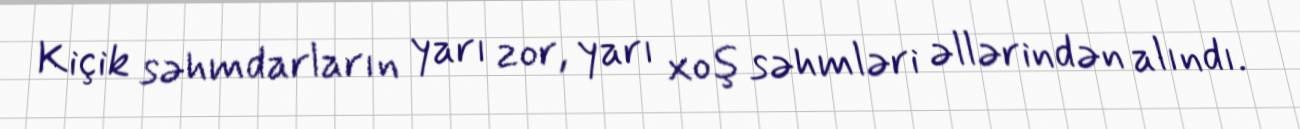
Kiçik səhmdarların yarı zor, yarı xoş səhmləri əllərindən alındı.